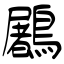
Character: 鷵